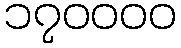
၁၇၀၀၀၀